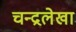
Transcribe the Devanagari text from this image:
चन्द्रलेखा